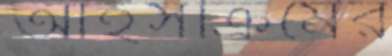
আইসক্রিমের